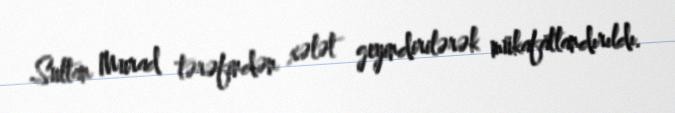
Sultan Murad tərəfindən xələt geyindirilərək mükafatlandırıldı.